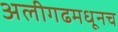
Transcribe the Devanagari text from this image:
अलीगढमधूनच